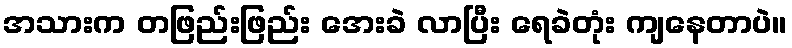
အသားက တဖြည်းဖြည်း အေးခဲ လာပြီး ရေခဲတုံး ကျနေတာပဲ။